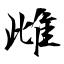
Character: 雌